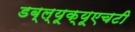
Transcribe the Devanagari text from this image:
डब्ल्यूक्यूएचटी